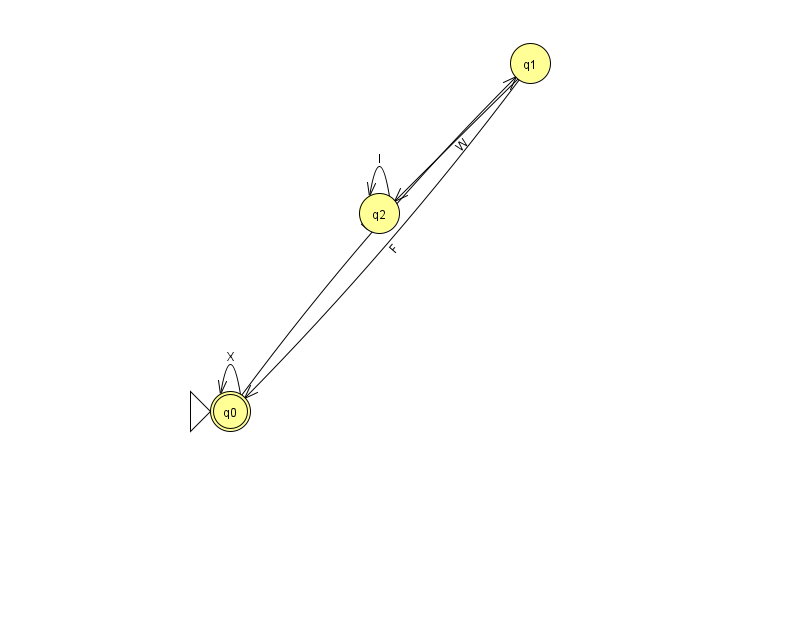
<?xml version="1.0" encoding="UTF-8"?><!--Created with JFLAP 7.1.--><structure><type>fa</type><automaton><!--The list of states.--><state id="0" name="q0"><x>230.0</x><y>398.0</y><initial/><final/></state><state id="1" name="q1"><x>530.0</x><y>50.0</y></state><state id="2" name="q2"><x>379.0</x><y>200.0</y></state><!--The list of transitions.--><transition><from>1</from><to>2</to><read>W</read></transition><transition><from>0</from><to>0</to><read>X</read></transition><transition><from>1</from><to>0</to><read>F</read></transition><transition><from>0</from><to>1</to><read>P</read></transition><transition><from>2</from><to>2</to><read>l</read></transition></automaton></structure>